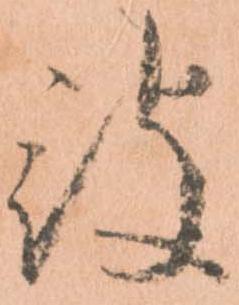
被